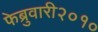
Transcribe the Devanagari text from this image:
फेब्रुवारी२०१०